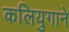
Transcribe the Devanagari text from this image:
कलियुगाने